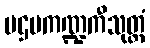
ပဌမကဏ္ဍကီသုတ္တံ